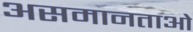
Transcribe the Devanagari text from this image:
असमानताओ